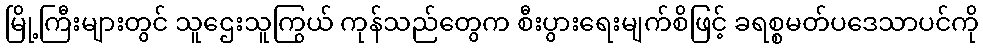
မြို့ကြီးများတွင် သူဌေးသူကြွယ် ကုန်သည်တွေက စီးပွားရေးမျက်စိဖြင့် ခရစ္စမတ်ပဒေသာပင်ကို